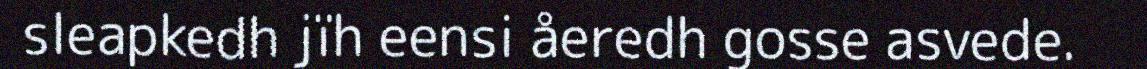
sleapkedh jïh eensi åeredh gosse asvede.